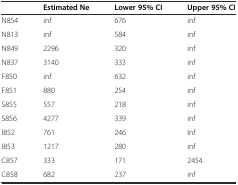
|  | Estimated Ne | Lower 95% CI | Upper 95% CI |
 | --- | --- | --- | --- |
 | N854 | inf | 676 | inf |
 | N813 | inf | 584 | inf |
 | N849 | 2296 | 320 | inf |
 | N837 | 3140 | 333 | inf |
 | F850 | inf | 632 | inf |
 | F851 | 880 | 254 | inf |
 | S855 | 557 | 218 | inf |
 | S856 | 4277 | 339 | inf |
 | I852 | 761 | 246 | Inf |
 | I853 | 1217 | 280 | inf |
 | C857 | 333 | 171 | 2454 |
 | C858 | 682 | 237 | inf |